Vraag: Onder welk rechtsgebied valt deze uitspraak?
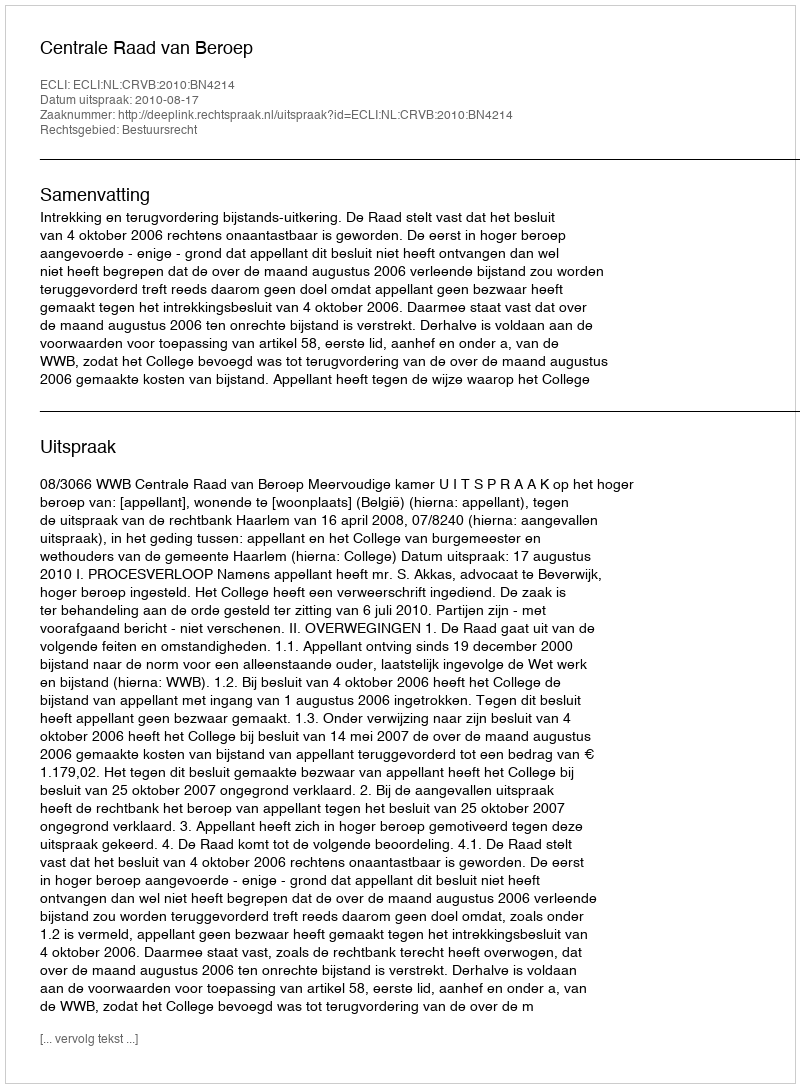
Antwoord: Bestuursrecht